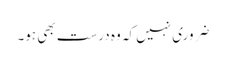
ضروری نہیں کہ وہ درست بھی ہو۔